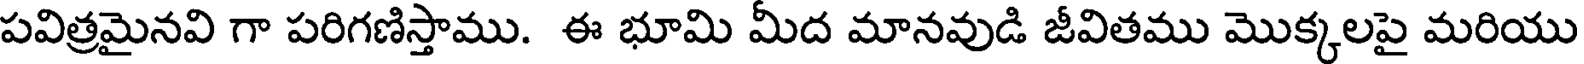
పవిత్రమైనవి గా పరిగణిస్తాము. ఈ భూమి మీద మానవుడి జీవితము మొక్కలపై మరియు